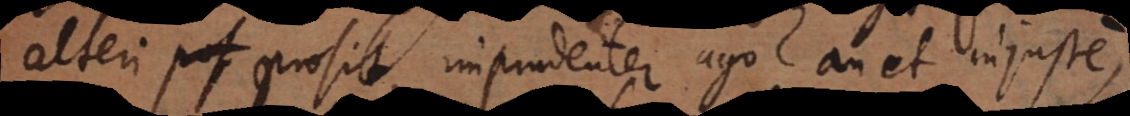
alteri prosit, imprudenter ago? an et injuste,